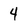
Character: 4